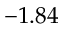
- 1 . 8 4